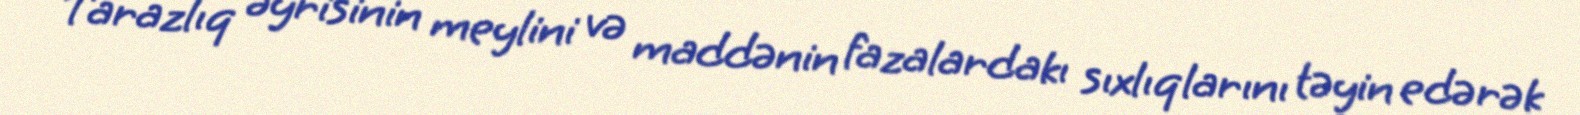
Tarazlıq əyrisinin meylini və maddənin fazalardakı sıxlıqlarını təyin edərək